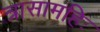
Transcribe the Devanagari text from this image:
त्रासामहिः